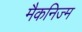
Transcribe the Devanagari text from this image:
मैकनिज्म